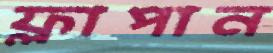
ফ্লাপান